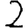
Digit: 2